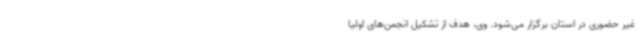
غیر حضوری در استان برگزار می‌شود. وی، هدف از تشکیل انجمن‌های اولیا